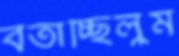
বর্তাচ্ছিলুম